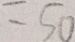
= 5 0